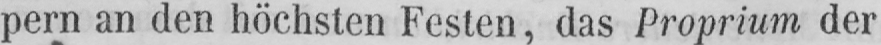
pern an den höchsten Festen, das Proprium der